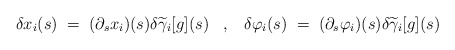
\begin{align*}\delta x_i(s)\;=\;(\partial_s x_i)(s)\delta\widetilde{\gamma}_i[g](s)\;\;\;,\;\;\;\delta \varphi_i(s)\;=\;(\partial_s \varphi_i)(s)\delta \widetilde{\gamma}_i[g](s)\;\;\;\end{align*}